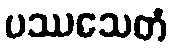
ပဿသေတံ